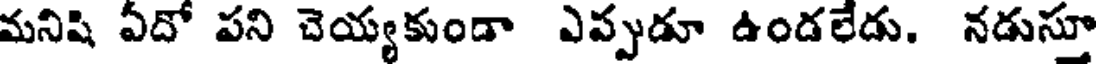
మనిషి ఏదో పని చెయ్యకుండా ఎప్పుడూ ఉండలేదు. నడుస్తూ